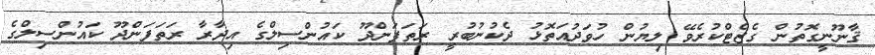
ޤާނޫނީގޮތުން ގެޒެޓްކުރެވޭ ލިޔުން ހުވަދުއަތޮޅު ދެކުނުބުރީ ރަތަފަންދޫ ކައުންސިލްގެ އިދާރާ ރަތަފަންދޫ ކައުންސިލްގެ